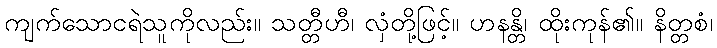
ကျက်သောငရဲသူကိုလည်း။ သတ္တီဟီ၊ လှံတို့ဖြင့်။ ဟနန္တိ၊ ထိုးကုန်၏။ နိတ္တစံ၊